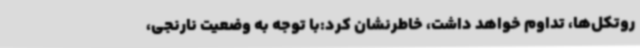
روتکل‌ها، تداوم خواهد داشت، خاطرنشان کرد:با توجه به وضعیت نارنجی،